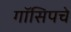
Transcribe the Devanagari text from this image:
गॉसिपचे